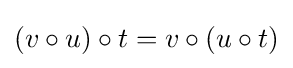
(v\circ u)\circ t=v\circ (u\circ t)